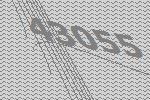
43055